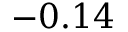
- 0 . 1 4